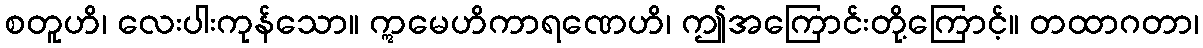
စတူဟိ၊ လေးပါးကုန်သော။ ဣမေဟိကာရဏေဟိ၊ ဤအကြောင်းတို့ကြောင့်။ တထာဂတာ၊